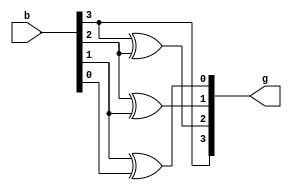
module b_to_g(input [3:0]b, output [3:0] g);
assign g[3]=b[3];
assign g[2]=b[3]^b[2];
assign g[1]=b[2]^b[1];
assign g[0]=b[1]^b[0];
endmodule